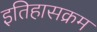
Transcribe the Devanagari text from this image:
इतिहासक्रम